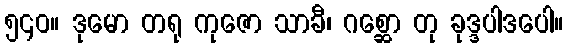
၅၄၀။ ဒုမော တရု ကုဇော သာခီ၊ ဂစ္ဆော တု ခုဒ္ဒပါဒပေါ။